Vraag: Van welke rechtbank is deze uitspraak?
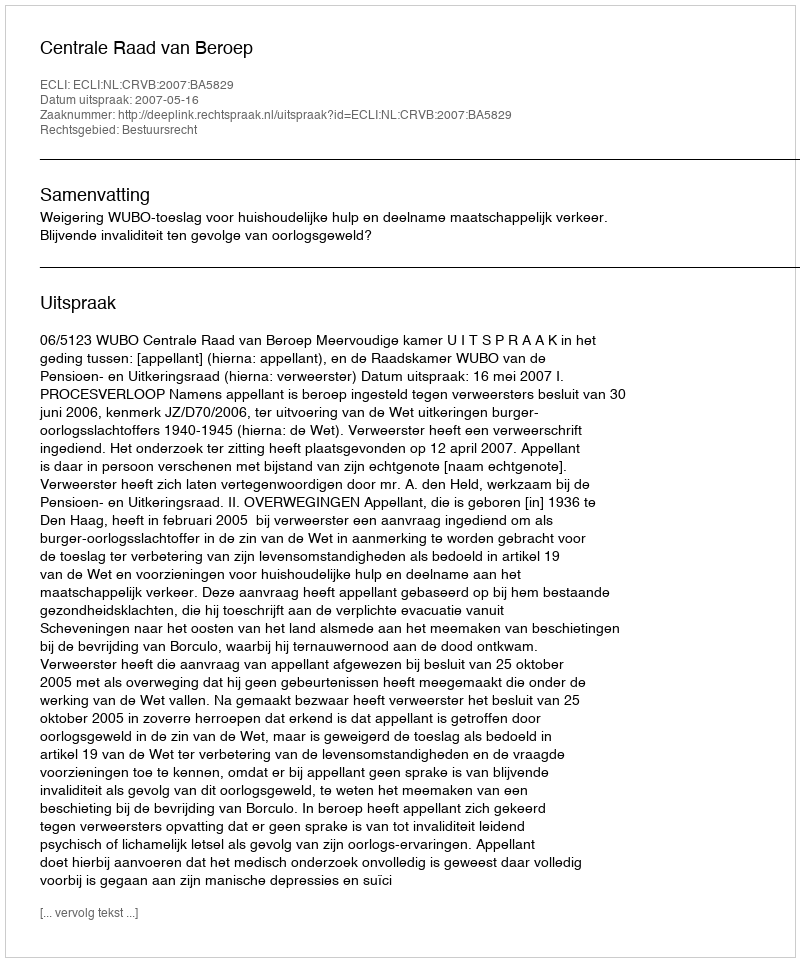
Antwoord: Centrale Raad van Beroep